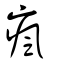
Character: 瘋